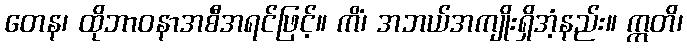
တေန၊ ထိုဘာဝနာအစီအရင်ဖြင့်။ ကိံ၊ အဘယ်အကျိုးရှိအံ့နည်း။ ဣတိ၊